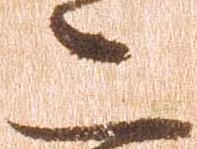
二